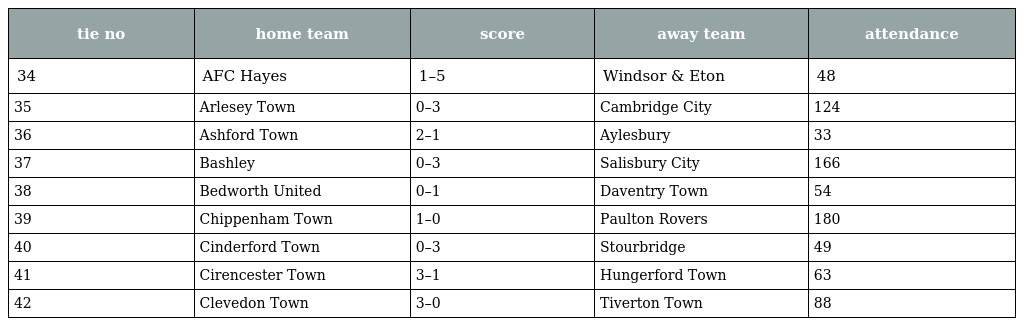
| tie no | home team | score | away team | attendance |
 | --- | --- | --- | --- | --- |
 | 34 | AFC Hayes | 1–5 | Windsor & Eton | 48 |
 | 35 | Arlesey Town | 0–3 | Cambridge City | 124 |
 | 36 | Ashford Town | 2–1 | Aylesbury | 33 |
 | 37 | Bashley | 0–3 | Salisbury City | 166 |
 | 38 | Bedworth United | 0–1 | Daventry Town | 54 |
 | 39 | Chippenham Town | 1–0 | Paulton Rovers | 180 |
 | 40 | Cinderford Town | 0–3 | Stourbridge | 49 |
 | 41 | Cirencester Town | 3–1 | Hungerford Town | 63 |
 | 42 | Clevedon Town | 3–0 | Tiverton Town | 88 |